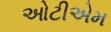
ઓટીએમ